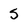
Character: S